Trukikaitis_Postimees, lk 58
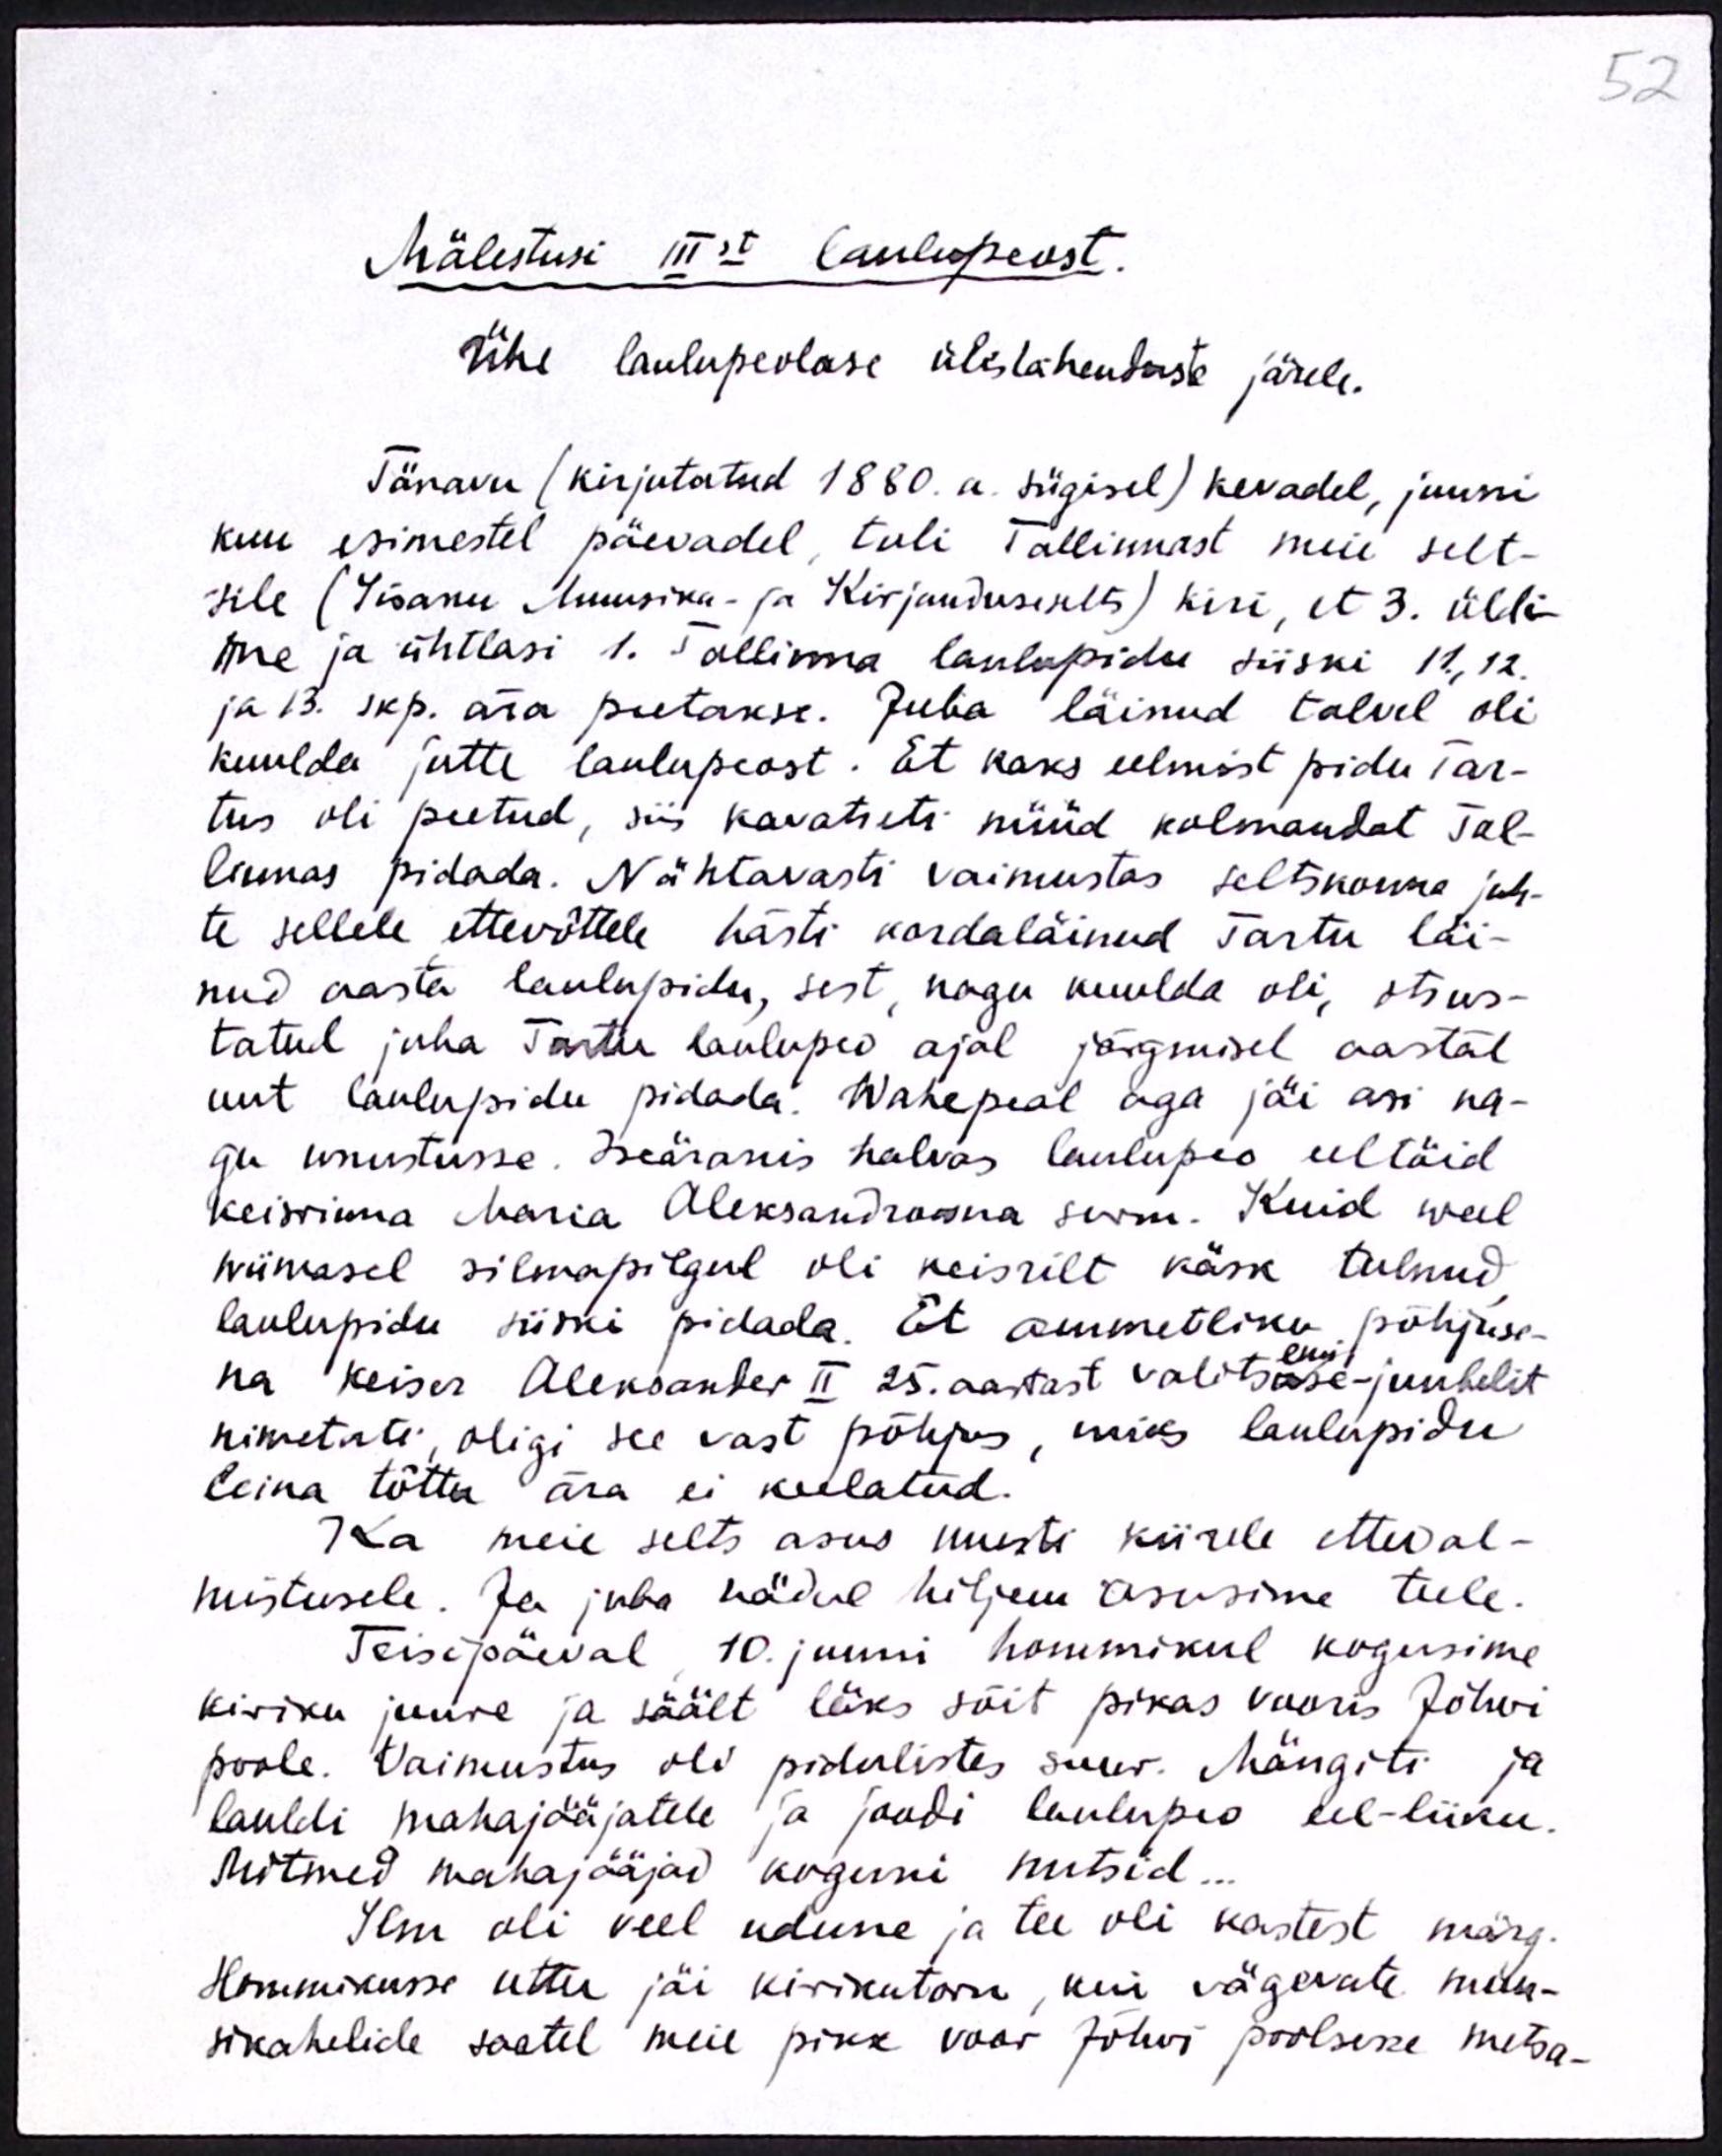
52

Mälestusi IIIst laulupeost.
Ühe laulupeolase ülestähenduste järele.
Tänavu (kirjutatud 1880. a. sügisel) kevadel, juuni
kuu esimestel päevadel, tuli Tallinnast meie selt-
sile (Iisaku Muusika- ja Kirjanduselts) kiri, et 3. üldi-
ne ja ühtlasi 1. Tallinna laulupidu siiski 11., 12.
ja 13. skp. ära peetakse. Juba läinud talvel oli
kuulda jutte laulupeost. Et kaks eelmist pidu Tar-
tus oli peetud, siis kavatseti nüüd kolmandat Tal-
linnas pidada. Nähtavasti vaimustas seltskonna juh-
te sellele ettevõttele hästi kordaläinud Tartu läi-
nud aasta laulupidu, sest, nagu kuulda oli, otsus-
tatud juba Tartu laulupeo ajal järgmisel aastal
uut laulupidu pidada. Wahepeal aga jäi asi na-
gu unustusse. Iseäranis halvas laulupeo eeltöid
keisrinna Maria Aleksandrowna surm. Kuid weel
wiimasel silmapilgul oli keisrilt käsk tulnud
laulupidu siiski pidada. Et ammetliku põhjuse-
na keiser Aleksander II 25. aastast valitsuse-juubelit
emi
nimetati, oligi see vast põhjus, miks laulupidu
leina tõttu ära ei keelatud.
Ka meie selts asus uuesti kiirele etteval-
mistusele. Ja juba nädal hiljem asusime teele.
Teisipäeval 10. juuni hommikul kogusime
kiriku juure ja säält läks sõit pikas vooris Jõhvi
poole. Vaimustus oli pidulistes suur. Mängiti ja
lauldi mahajääjatele ja joodi laulupeo eel-liiku.
Mitmed mahajääjad koguni nutsid...
Ilm oli veel udune ja tee oli kastest märg.
Hommikusse uttu jäi kirikutorn, kui vägevate muu-
sikahelide saatel meie pikk voor Jõhvi poolsesse metsa-